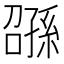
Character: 𫲰